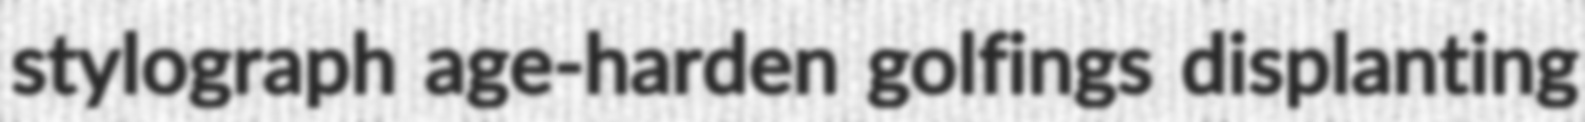
stylograph age-harden golfings displanting